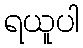
ရယူပါ